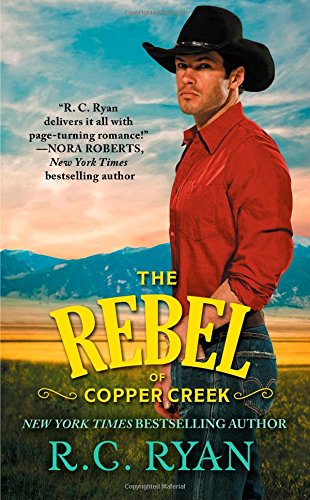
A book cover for The Rebel of Copper Creek (Copper Creek Cowboys); R.C. Ryan; Romance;